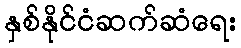
နှစ်နိုင်ငံဆက်ဆံရေး